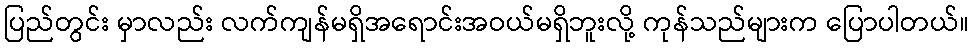
ပြည်တွင်း မှာလည်း လက်ကျန်မရှိအရောင်းအဝယ်မရှိဘူးလို့ ကုန်သည်များက ပြောပါတယ်။